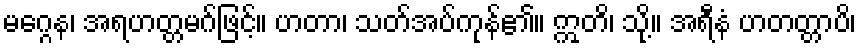
မဂ္ဂေန၊ အရဟတ္တမဂ်ဖြင့်။ ဟတာ၊ သတ်အပ်ကုန်၏။ ဣတိ၊ သို့။ အရီနံ ဟတတ္တာပိ၊